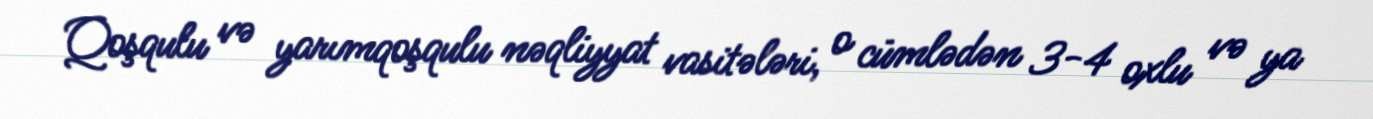
Qoşqulu və yarımqoşqulu nəqliyyat vasitələri, o cümlədən 3-4 oxlu və ya